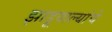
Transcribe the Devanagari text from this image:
झाडूवाल्यांचे